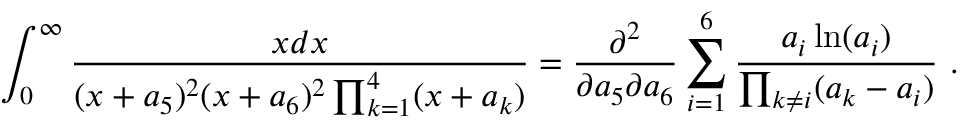
\int _ { 0 } ^ { \infty } { \frac { x d x } { ( x + a _ { 5 } ) ^ { 2 } ( x + a _ { 6 } ) ^ { 2 } \prod _ { k = 1 } ^ { 4 } ( x + a _ { k } ) } } = { \frac { \partial ^ { 2 } } { \partial a _ { 5 } \partial a _ { 6 } } } \sum _ { i = 1 } ^ { 6 } { \frac { a _ { i } \ln ( a _ { i } ) } { \prod _ { k \ne i } ( a _ { k } - a _ { i } ) } } \ .